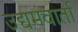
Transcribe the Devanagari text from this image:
उद्यमवार्ता